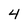
Character: 4